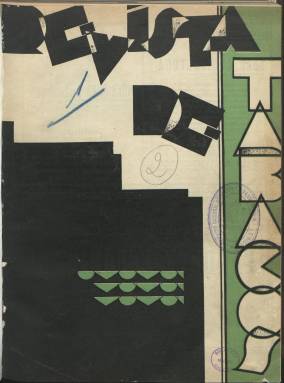
Título: Revista de tabacos
Colección: Industria
Ámbito geográfico: Madrid
Lugar de publicación: Madrid
Fechas: 01/04/1931-30/06/1936

Comienza a publicarse en abril de 1931 como “órgano de los Ensayos del Cultivo del Tabaco en España”, y por tanto como publicación oficial del Servicio de ese nombre, perteneciente a la Dirección del Cultivo del Tabaco en España. Su objetivo será el de ser útil a los cultivadores de esta planta, a su producción y comercialización. Con una cubierta impresa a varias tintas, su periodicidad es mensual, aunque editará también números dobles, con paginación variada, entre las 28 y las 84 páginas, muchas de ellas ilustradas con fotografías en blanco y negro de plantas, campos de cultivo, semilleros, maquinaria o almacenes, así como croquis y otros dibujos, de las diferentes zonas españolas en donde se produce el tabaco. Horacio Torres de la Serna, director del citado servicio será también el director de la publicación, y su gerente, el ingeniero agrónomo Ramón Beneyto Sanchís. Su tirada comenzará siendo de unos 10.000 ejemplares.

Publica artículos técnicos y divulgativos en sus aspectos económicos y sociales, con instrucciones, normas y consejos para el cultivo, sus cuidados y los problemas que plantea, los terrenos, abonados, labores, riegos, secado de las plantas o sobre el crédito agrícola; así como memorias oficiales, estadísticas de las campañas e informaciones varias sobre el sector. Sus principales secciones son Ideas y orientaciones, El trabajo en el campo, Experiencias e investigaciones, Patología, Leyendo revistas (revista de prensa), Consultas y Comisión Central. En esta última da cuenta de los acuerdos de las distintas comisiones y centros territoriales pertenecientes a la citada dirección, que contaba con las secciones Técnica y Estadística, Laboratorio, Centros de Fermentación y Campos de Experiencias, y del Servicio de Ensayos del Cultivo del Tabaco. También ofrece información sobre la Asociación de Cultivadores de Tabaco en España, la industria tabaquera y la producción de este cultivo a nivel mundial. Inserta, asimismo, publicidad comercial.

Los autores de sus artículos son, generalmente, ingenieros agrícolas o ayudantes de Agrónomos, entre los que cabe citar, además de Torres y Beneyto, a J. Alonso de Villapadierna, Enrique Alcaraz Mira, José Benítez Vélez, Manuel Caro Ávila, Paulino Herrero, Luis García de los Salmones, A. Catalá, el farmacéutico Enrique Manzaneque o el doctor Franz Liesau, entre otros.

Previamente a esta revista, la Dirección del Cultivo del Tabaco en España había editado un boletín trimestral. El último número de Revista de tabacos en la colección de la Biblioteca Nacional de España es el 62, publicado en junio de 1936.